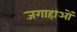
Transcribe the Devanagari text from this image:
जगाहाओं